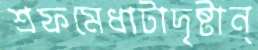
শ্রফমেধাটাদৃষ্টান্